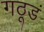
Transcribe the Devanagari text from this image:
गठूडं